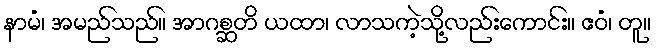
နာမံ၊ အမည်သည်။ အာဂစ္ဆတိ ယထာ၊ လာသကဲ့သို့လည်းကောင်း။ ဧဝံ၊ တူ။